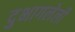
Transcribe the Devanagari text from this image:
दुभागलेली